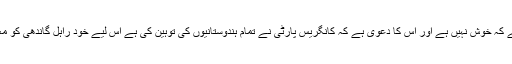
بی جے پی ظاہر ہے کہ خوش نہیں ہے اور اس کا دعویٰ ہے کہ کانگریس پارٹی نے تمام ہندوستانیوں کی توہین کی ہے اس لیے خود راہل گاندھی کو معافی مانگنی چاہیے۔